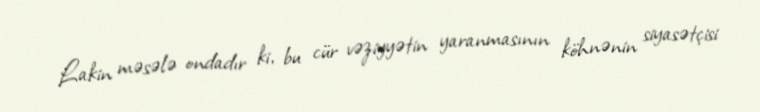
Lakin məsələ ondadır ki, bu cür vəziyyətin yaranmasının köhnənin siyasətçisi